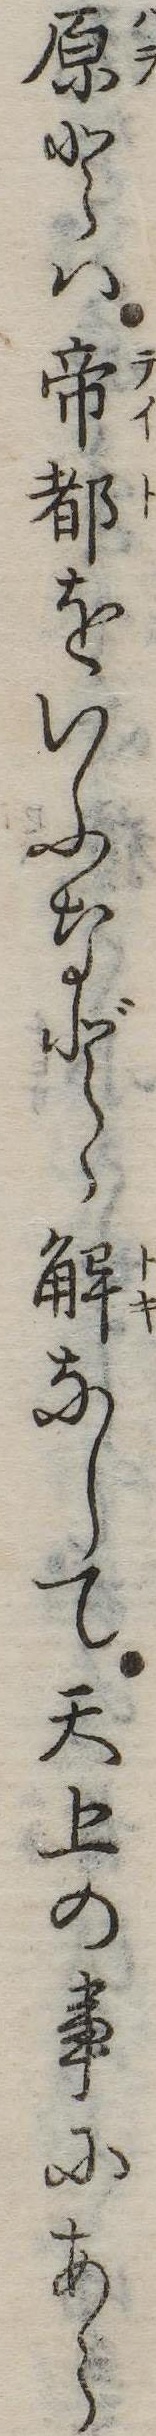
原とは帝都をいふなどゝ解なして天上の事にあら